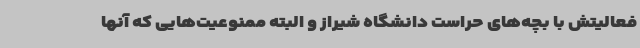
فعالیتش با بچه‌های حراست دانشگاه شیراز و البته ممنوعیت‌هایی که آنها